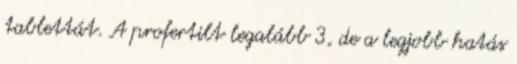
tablettát. A profertilt legalább 3, de a legjobb hatás